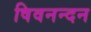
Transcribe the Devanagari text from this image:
षिवनन्दन